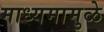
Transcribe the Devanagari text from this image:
माध्यमामुळे